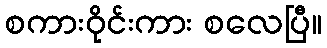
စကားဝိုင်းကား စလေပြီ။